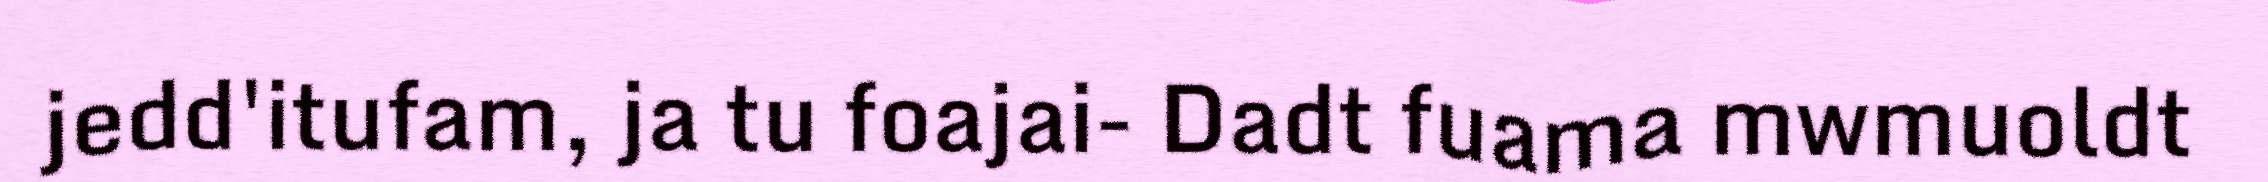
jedd'itufam, ja tu foajai- Dadt fuama mwmuoldt